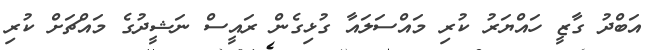
އަބްދު ގާޒީ ހައްޔަރު ކުރި މައްސަލައާ ގުޅިގެން ރައީސް ނަޝީދުގެ މައްޗަށް ކުރި